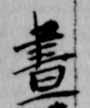
昼